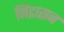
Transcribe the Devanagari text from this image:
निद्रासन